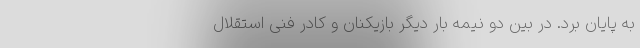
به پایان برد. در بین دو نیمه بار دیگر بازیکنان و کادر فنی استقلال